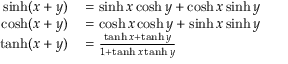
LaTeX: \begin{array} { r l } { \sinh ( x + y ) } & { { } = \sinh x \cosh y + \cosh x \sinh y } \\ { \cosh ( x + y ) } & { { } = \cosh x \cosh y + \sinh x \sinh y } \\ { \operatorname { t a n h } ( x + y ) } & { { } = { \frac { \operatorname { t a n h } x + \operatorname { t a n h } y } { 1 + \operatorname { t a n h } x \operatorname { t a n h } y } } } \end{array}